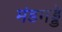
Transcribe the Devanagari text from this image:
मंडगड्डे